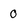
Character: 0